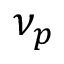
\nu _ { p }